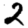
Digit: 2